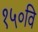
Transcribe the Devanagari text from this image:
१५०वि